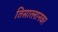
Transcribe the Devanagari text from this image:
तिसात्लानवर